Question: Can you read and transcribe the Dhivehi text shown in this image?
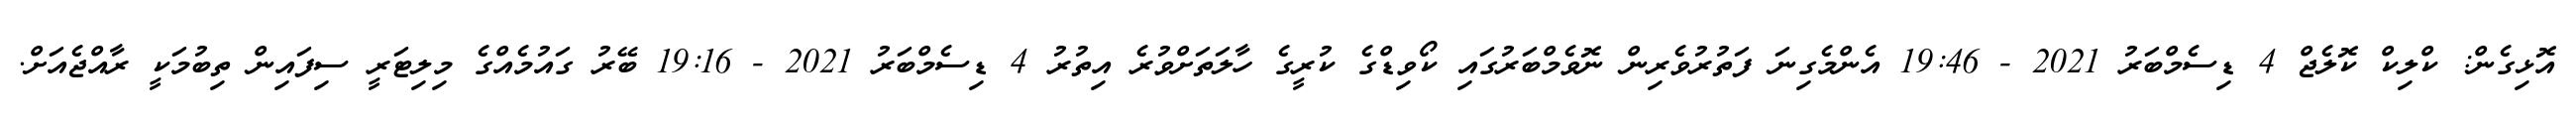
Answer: އޮޅިގެން: ކްލިކް ކޮލެޖް 4 ޑިސެމްބަރު 2021 - 19:46 އެންމެގިނަ ފަތުރުވެރިން ނޮވެމްބަރުގައި ކޯވިޑްގެ ކުރީގެ ހާލަތަށްވުރެ އިތުރު 4 ޑިސެމްބަރު 2021 - 19:16 ބޭރު ގައުމެއްގެ މިލިޓަރީ ސިފައިން ތިބުމަކީ ރާއްޖެއަށް.